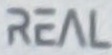
REAL